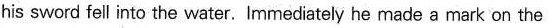
his sword fell into the water. Immediately he made a mark on the